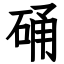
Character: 硧